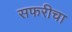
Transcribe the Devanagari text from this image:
सफरीचा